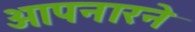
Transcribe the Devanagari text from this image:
आपनारने